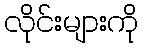
လိုင်းများကို